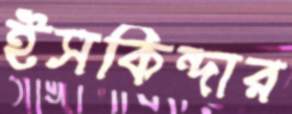
ইসকিন্দার